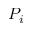
P _ { i }